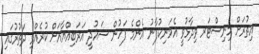
އިތުރަށް މިނިސްޓަރ ވިދާޅުވީ އެމަނިކުފާނު އެންމެ ފަހުން ސައުދީ އަރަބިއްޔާއަށް ކުރެއްވި ދަތުރުގައި